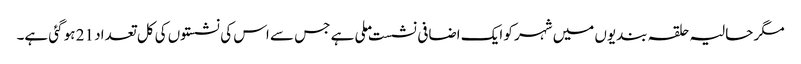
مگر حالیہ حلقہ بندیوں میں شہر کو ایک اضافی نشست ملی ہے جس سے اس کی نشستوں کی کل تعداد 21 ہو گئی ہے۔